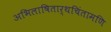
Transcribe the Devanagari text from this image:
अभिलाषितार्थचिंतामणि